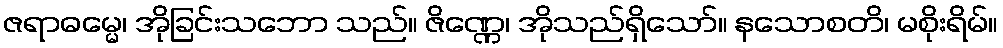
ဇရာဓမ္မေ၊ အိုခြင်းသဘော သည်။ ဇိဏ္ဏေ၊ အိုသည်ရှိသော်။ နသောစတိ၊ မစိုးရိမ်။